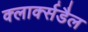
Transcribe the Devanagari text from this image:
क्लार्क्सडैल